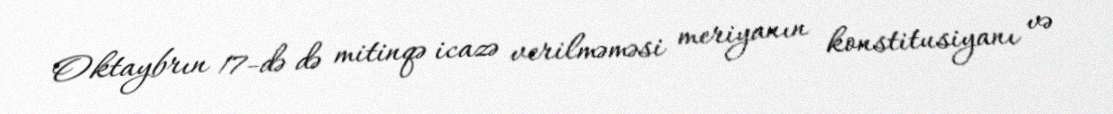
Oktaybrın 17-də də mitinqə icazə verilməməsi meriyanın konstitusiyanı və